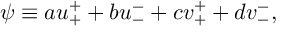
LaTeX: \psi \equiv a u _ { + } ^ { + } + b u _ { - } ^ { - } + c v _ { + } ^ { + } + d v _ { - } ^ { - } ,